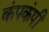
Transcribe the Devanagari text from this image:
कंपकंपीं